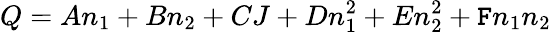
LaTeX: Q=An_{1}+Bn_{2}+CJ+Dn_{1}^{2}+En_{2}^{2}+\mathtt{F}n_{1}n_{2}